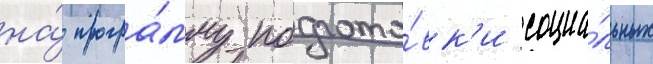
на́ програ́мму подгото́вк'и социа́льных